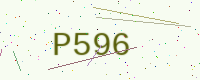
Text: P596